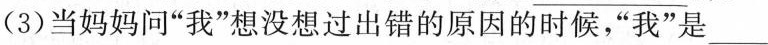
(3)当妈妈问”我”想没想过出错的原因的时候，”我”是___